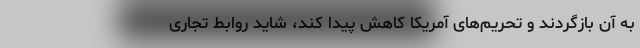
به آن بازگردند و تحریم‌های آمریکا کاهش پیدا کند، شاید روابط تجاری